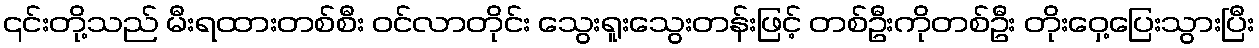
၎င်းတို့သည် မီးရထားတစ်စီး ဝင်လာတိုင်း သွေးရူးသွေးတန်းဖြင့် တစ်ဦးကိုတစ်ဦး တိုးဝှေ့ပြေးသွားပြီး